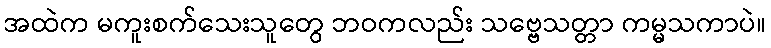
အထဲက မကူးစက်သေးသူတွေ ဘဝကလည်း သဗ္ဗေသတ္တာ ကမ္မသကာပဲ။